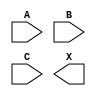
module sky130_fd_sc_ls__xnor3 (
    //# {{data|Data Signals}}
    input  A,
    input  B,
    input  C,
    output X
);

    // Voltage supply signals
    supply1 VPWR;
    supply0 VGND;
    supply1 VPB ;
    supply0 VNB ;

endmodule